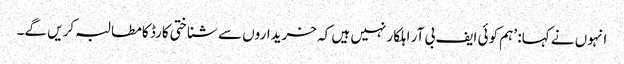
انہوں نے کہا: ’ہم کوئی ایف بی آر اہلکار نہیں ہیں کہ خریداروں سے شناختی کارڈ کا مطالبہ کریں گے۔